Lunatic asylums Madras 1892-1911 - 1892-1911
Year: 1892
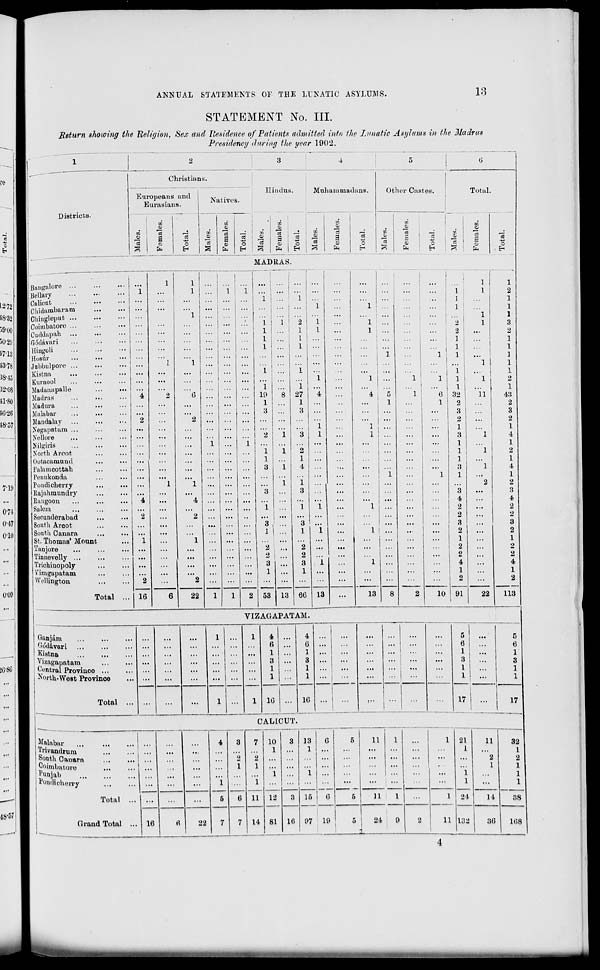
ANNUAL STATEMENTS OE THE LUNATIC ASYLUMS.
13
STATEMENT No. III.
Return showing the Religion, Sex and Residence of Patients admitted, into the Lunatic Asylums in the Madras
Presidency daring the gear 1902.
Districts.
Christians.
Europeans and
Eurasians.
CO
'a
a
w
13
a
Hindus.
Mahanimadans.
Natives.
b
DO
03
a
to
0)
a
33
o
• CO
33
*c3
o
a cd
*>
0)
o
a_ pq J?
CD
a
tfl
Cv
"3
a
33
0H
c8
O
Other Castes.
Total.
CO
33
09
33
-
'
d
S3
o
to
O
03
"3
C3
a
33
MADRAS.
I Bangalore
,JBellary
1 Calicut
I Chidambaram
Chinglepnt
Coinibatore ...
Cuddapah
Gddavari
Hingoli
(Hosiir
Jnbbulpore
Kistna
Kurnool
Madanapalle
Madras
Madura
Malabar
Mandaky
Negapatam ...
Nellore
Nilgiris
North A root
Outacamuud
Falamoottab.
Penukonda
Poudicherry
Rajuhmundiy
Rangoon
Salem
Secunderabad
South Arcot
South Canara
St. Thomas' Mount
Tanjure
Tinnevelly ...
Trichinopoly
Vizagapatam
Wellington
.. I 4
Total
16
1
4
2
22
1
10
1
3
3
i
3
1
2
2
3
1
1
27
1
3
53 13
3
1
2
2
8
1
1
1
1
...
...
1
... 1 . . .
2
9
4 j 5
1
i ; ...
i! ...
. j ...
6G 13
13
]
1
1
1
1
1
32
2
3
2
1
3
1
1
1
3
1
3
4
2
2
3
2
1
2
2
4
1
9
11
10 I 91
22
VIZAGAPATAM.
Oanjam
Gddav&ri
Kistna
Vi/.agapatam
Central Provinoe ...
Nortu-Weit Province
Total
10
CALICUT.
10
o
EH
1
2
1
1
1
3
2
1
1
]
1
1
2
1
43
2
3
2
1
4
1
2
1
4
1
2
8
4
2
2
3
2
1
2
2
4
1
2
113
Malabar
Trivandrum
South Canarn
Oolmbatore
Punjab
Pouoioherry
Total
Crand Total ... 16
rt |
22
11
14
10
1
12
81
13 j G
1 I ...
10
15
11
11
97
19
24
8
11
17 i
1
*
21
11
32
1
I
...
2
2
1
1
1
1
1
...
1
21
11
38
132
30
108